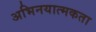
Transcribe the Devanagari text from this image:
अभिनयात्मकता